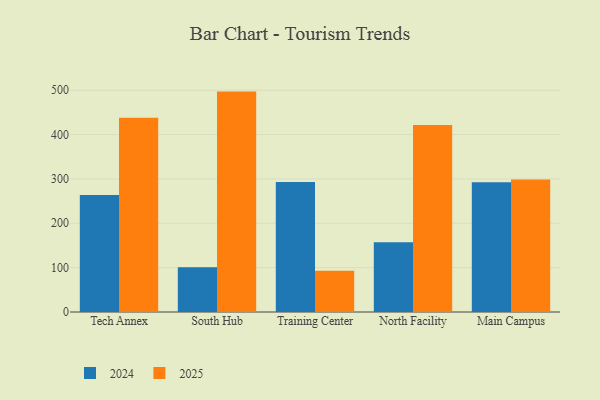
{"axis": {"x": "Campus", "y": "Backlog"}, "legend": ["2024", "2025"], "data": [{"x": "Tech Annex", "y": 264.0, "type": "2024"}, {"x": "Tech Annex", "y": 438.0, "type": "2025"}, {"x": "South Hub", "y": 101.1, "type": "2024"}, {"x": "South Hub", "y": 496.8, "type": "2025"}, {"x": "Training Center", "y": 292.9, "type": "2024"}, {"x": "Training Center", "y": 93.0, "type": "2025"}, {"x": "North Facility", "y": 157.3, "type": "2024"}, {"x": "North Facility", "y": 421.3, "type": "2025"}, {"x": "Main Campus", "y": 292.5, "type": "2024"}, {"x": "Main Campus", "y": 298.5, "type": "2025"}]}